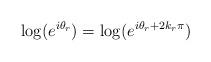
LaTeX: \begin{align*}\log(e^{i\theta_r})=\log(e^{i\theta_r+2k_r\pi})\end{align*}